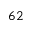
^ Ḋ 6 2 Ḍ